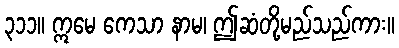
၃၁၁။ ဣမေ ကေသာ နာမ၊ ဤဆံတို့မည်သည်ကား။